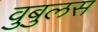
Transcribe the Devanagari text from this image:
वुबुलस